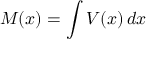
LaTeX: M ( x ) = \int V ( x ) \, d x